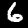
Label: 6